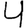
Digit: 4